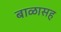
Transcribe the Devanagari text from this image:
बाळासह